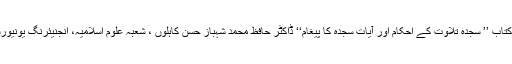
زیر تبصرہ کتاب ’’ سجدہ تلاوت کے احکام اور آیات سجدہ کا پیغام‘‘ ڈاکٹر حافظ محمد شہباز حسن کاہلوں ، شعبہ علوم اسلامیہ، انجنیئرنگ یونیورسٹی، لاہور۔